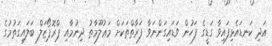
އަދި ކަނޑައެޅިފައިވާ ގަޑީގެ ފަހުން ވަޑައިގަންނަވާ ފަރާތްތަކަށް މަޢުލޫމާތު ދިނުމާއި ޕްރޮޕޯޒަލް ބަލައިގަތުމުގެ